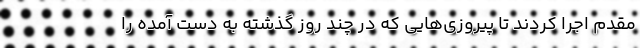
مقدم اجرا کردند تا پیروزی‌هایی که در چند روز گذشته به دست آمده را